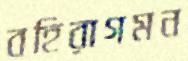
বহিরাগমন